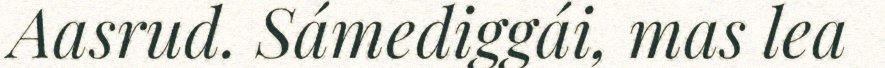
Aasrud. Sámediggái, mas lea